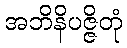
အဘိနိပဇ္ဇိတုံ